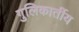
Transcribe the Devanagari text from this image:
गुलिकार्तीय